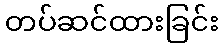
တပ်ဆင်ထားခြင်း